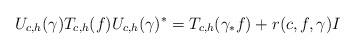
LaTeX: \begin{align*}U_{c,h}(\gamma) T_{c,h}(f) U_{c,h}(\gamma)^* = T_{c,h}(\gamma_* f) + r(c,f,\gamma) I\end{align*}